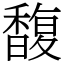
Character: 馥